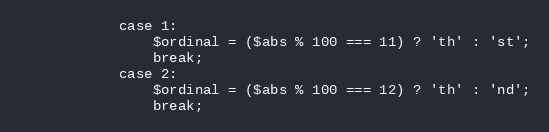
Language: PHP
            case 1:
                $ordinal = ($abs % 100 === 11) ? 'th' : 'st';
                break;
            case 2:
                $ordinal = ($abs % 100 === 12) ? 'th' : 'nd';
                break;